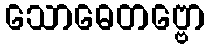
သောဓေတဗ္ဗော